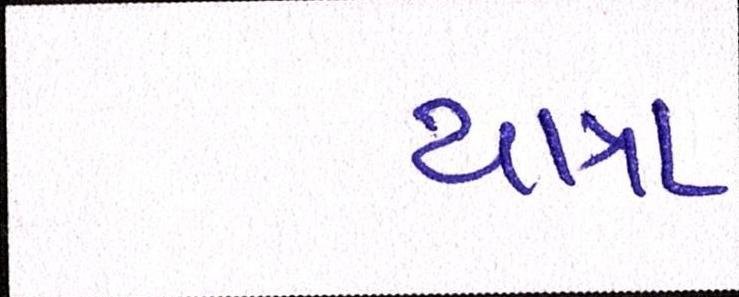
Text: યાત્રા